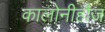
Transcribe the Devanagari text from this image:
कालोनीहौज